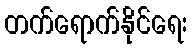
တက်ရောက်နိုင်ရေး